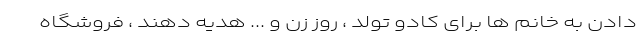
دادن به خانم ها برای کادو تولد ، روز زن و ... هدیه دهند ، فروشگاه